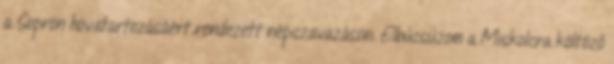
a Sopron hovatartozásáért rendezett népszavazáson. Elbúcsúzom a Miskolcra költöző